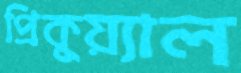
প্রিকুয়্যাল